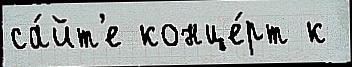
са́йт'е конце́рт к